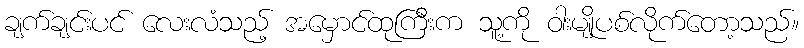
ချက်ချင်းပင် လေးလံသည့် အမှောင်ထုကြီးက သူ့ကို ဝါးမျိုပစ်လိုက်တော့သည်။